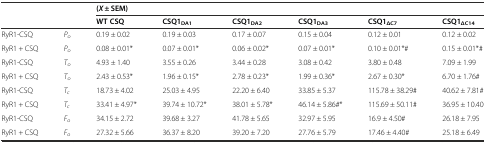
<table><thead><tr><td></td><td></td><td colspan="6"><b>(<i>X</i> ± SEM)</b></td></tr><tr><td></td><td></td><td><b>WT CSQ</b></td><td><b>CSQ1<sub>DA1</sub></b></td><td><b>CSQ1<sub>DA2</sub></b></td><td><b>CSQ1<sub>DA3</sub></b></td><td><b>CSQ1<sub>ΔC7</sub></b></td><td><b>CSQ1<sub>ΔC14</sub></b></td></tr></thead><tbody><tr><td>RyR1-CSQ</td><td><i>P</i><sub><i>o</i></sub></td><td>0.19 ± 0.02</td><td>0.19 ± 0.03</td><td>0.17 ± 0.07</td><td>0.15 ± 0.04</td><td>0.12 ± 0.01</td><td>0.12 ± 0.02</td></tr><tr><td>RyR1 + CSQ</td><td><i>P</i><sub><i>o</i></sub></td><td>0.08 ± 0.01*</td><td>0.07 ± 0.01*</td><td>0.06 ± 0.02*</td><td>0.07 ± 0.01*</td><td>0.10 ± 0.01*#</td><td>0.15 ± 0.01*#</td></tr><tr><td>RyR1-CSQ</td><td><i>T</i><sub><i>o</i></sub></td><td>4.93 ± 1.40</td><td>3.55 ± 0.26</td><td>3.44 ± 0.28</td><td>3.08 ± 0.42</td><td>3.80 ± 0.48</td><td>7.09 ± 1.99</td></tr><tr><td>RyR1 + CSQ</td><td><i>T</i><sub><i>o</i></sub></td><td>2.43 ± 0.53*</td><td>1.96 ± 0.15*</td><td>2.78 ± 0.23*</td><td>1.99 ± 0.36*</td><td>2.67 ± 0.30*</td><td>6.70 ± 1.76#</td></tr><tr><td>RyR1-CSQ</td><td><i>T</i><sub><i>c</i></sub></td><td>18.73 ± 4.02</td><td>25.03 ± 4.95</td><td>22.20 ± 6.40</td><td>33.85 ± 5.37</td><td>115.78 ± 38.29#</td><td>40.62 ± 7.81#</td></tr><tr><td>RyR1 + CSQ</td><td><i>T</i><sub><i>c</i></sub></td><td>33.41 ± 4.97*</td><td>39.74 ± 10.72*</td><td>38.01 ± 5.78*</td><td>46.14 ± 5.86#*</td><td>115.69 ± 50.11#</td><td>36.95 ± 10.40</td></tr><tr><td>RyR1-CSQ</td><td><i>F</i><sub><i>o</i></sub></td><td>34.15 ± 2.72</td><td>39.68 ± 3.27</td><td>41.78 ± 5.65</td><td>32.97 ± 5.95</td><td>16.9 ± 4.50#</td><td>26.18 ± 7.95</td></tr><tr><td>RyR1 + CSQ</td><td><i>F</i><sub><i>o</i></sub></td><td>27.32 ± 5.66</td><td>36.37 ± 8.20</td><td>39.20 ± 7.20</td><td>27.76 ± 5.79</td><td>17.46 ± 4.40#</td><td>25.18 ± 6.49</td></tr></tbody></table>